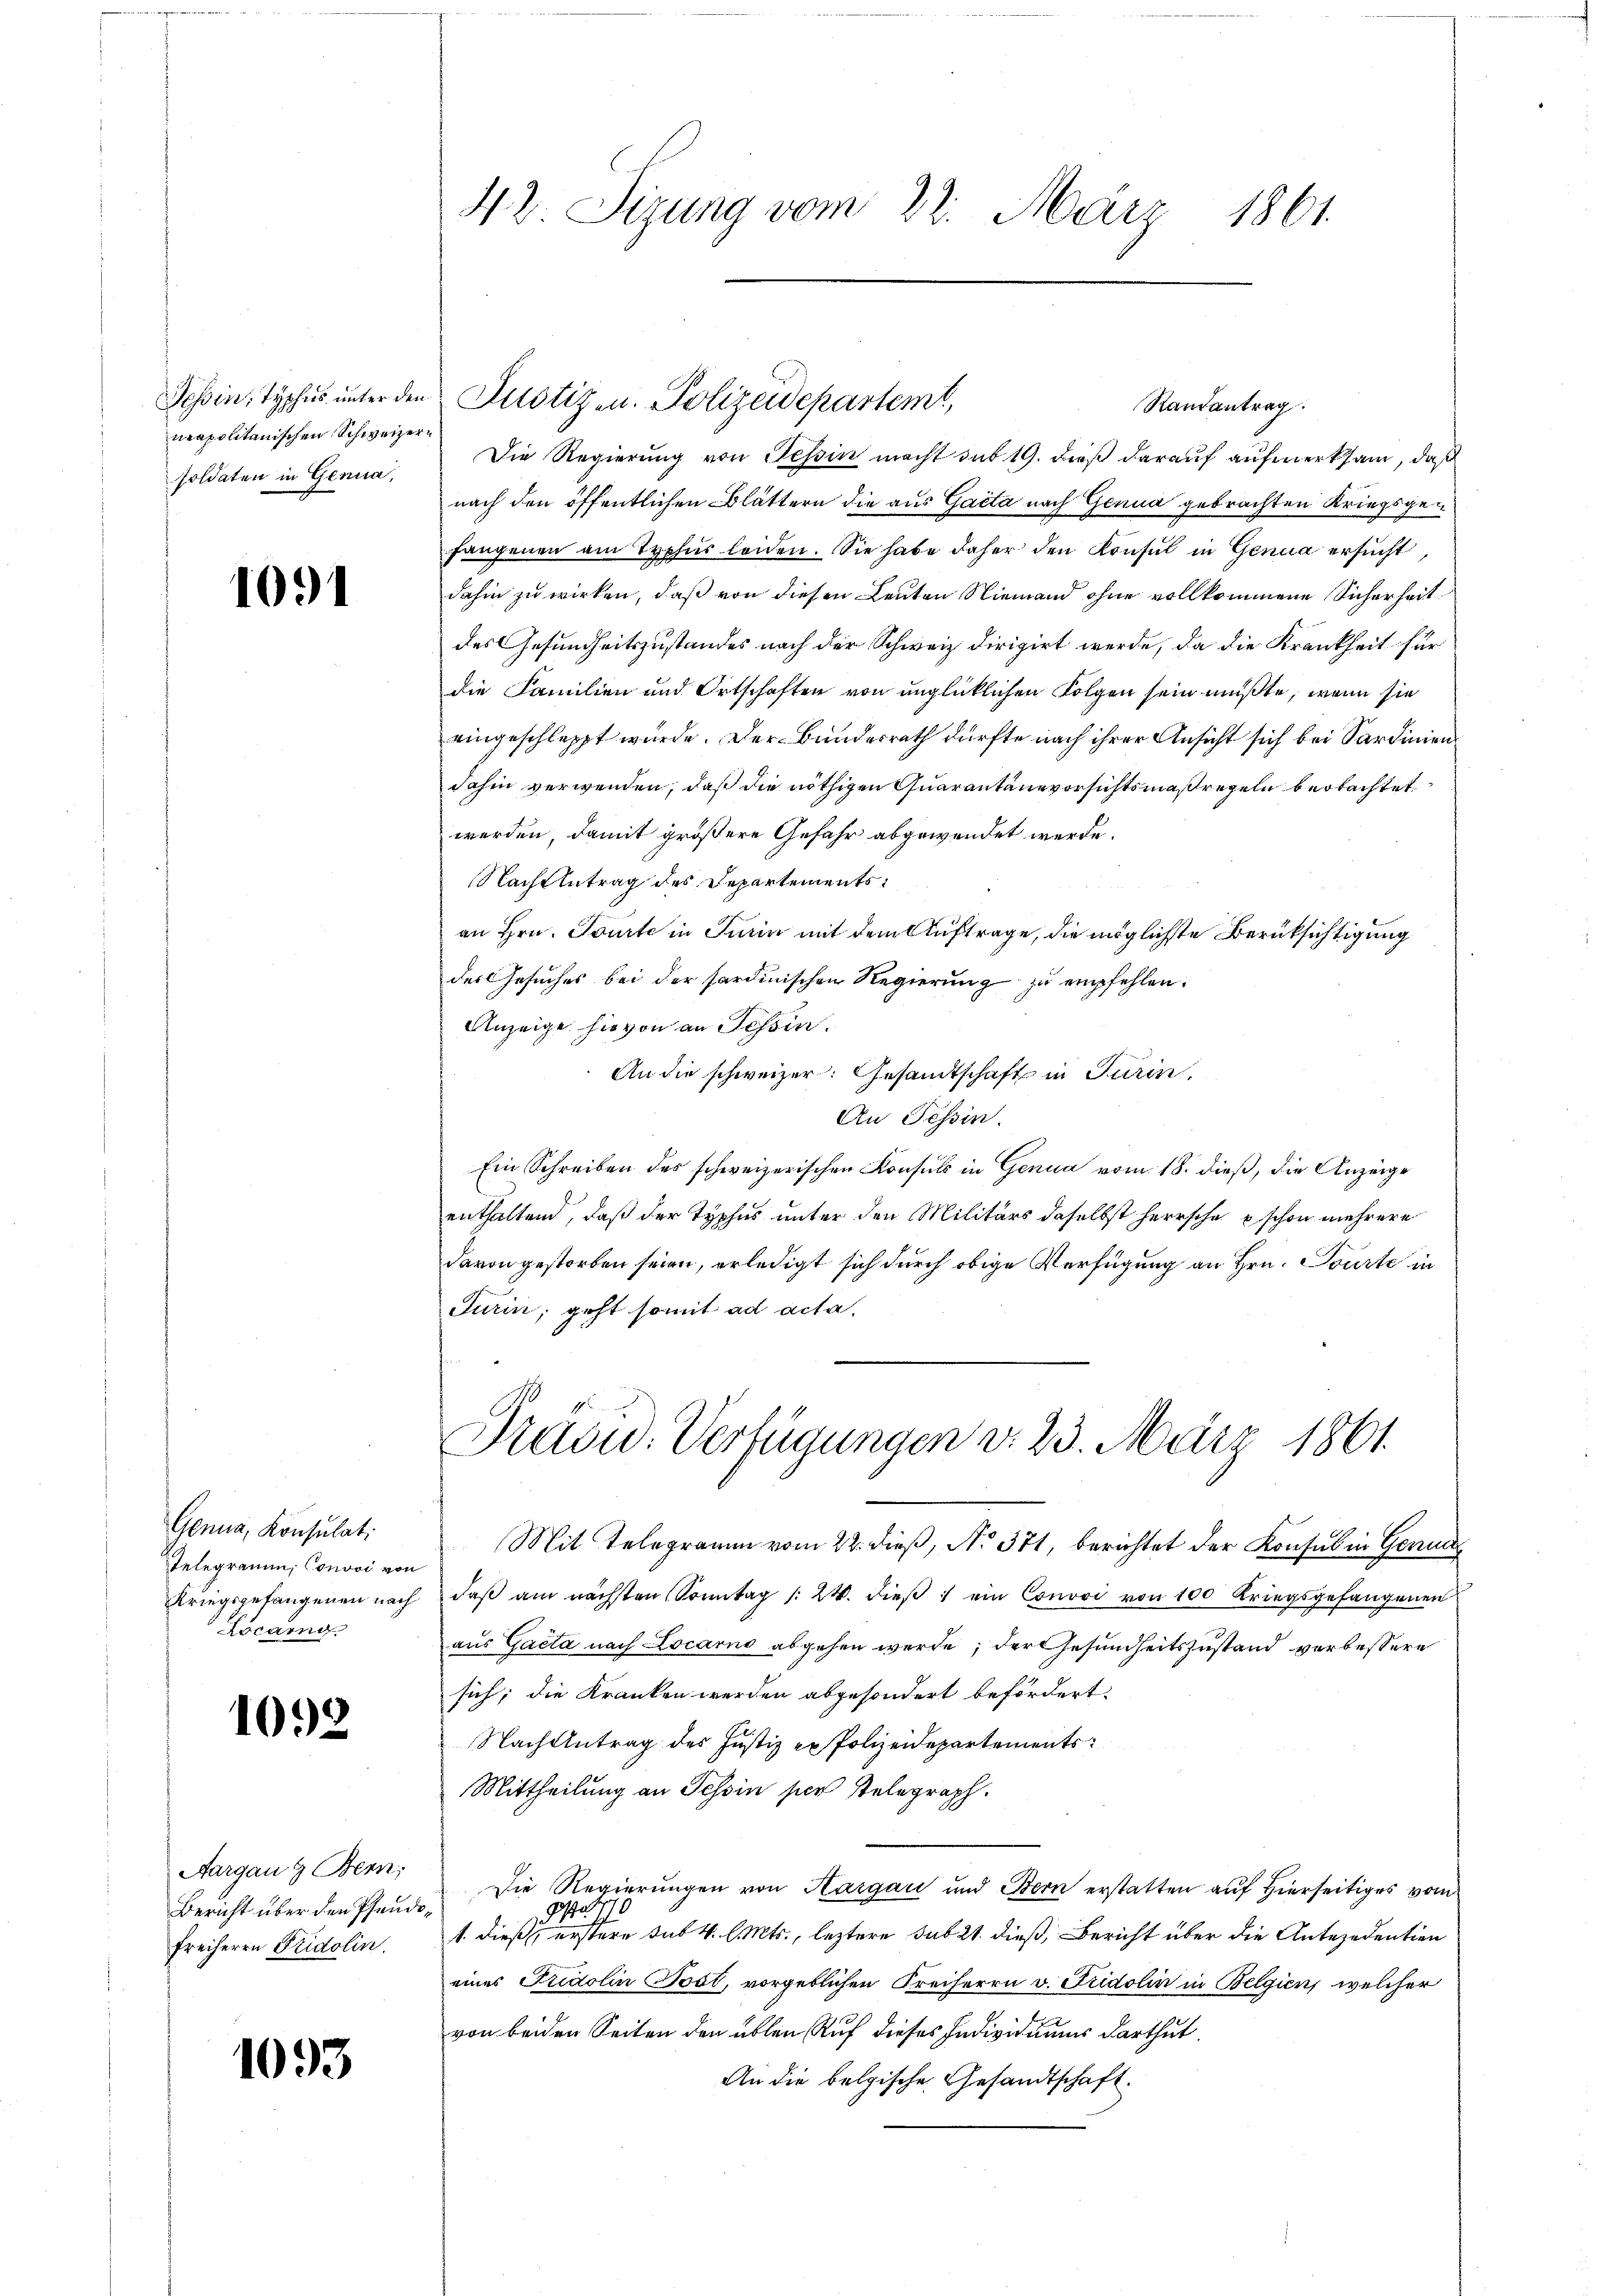
Tessin, Typhus unter der
neapolitanischen Schweizer
soldaten in Genua,

1091

Genua, Konsulati
Telegramm, Convoi von
Kriegsgefangenen nach
Locarno.

1092

Aargau & Bern;
Bericht über den Pfande
Freiherrn Fridolin.

1093

42. Sitzung vom 22. März 1861.

Die Regierung von Tessin macht sub 19. dieß darauf aufmerksam, daß
nach den öffentlichen Blättern die aus Gacta nach Genua gebrachten Kriegsgefangenen am Typhus leiden. Sie habe daher den Konsul in Genua ersucht
dahin zu wirken, daß von diesen Leuten Niemand ohne vollkommene Sicherheit
des Gesundheitszustandes nach der Schweiz dirigirt werde, da die Krankheit für
die Familien und Ortschaften von unglücklichen Folgen sein müßte, wenn sie
eingeschleppt wurde. Der Bundesrath dürfte nach ihrer Ansicht sich bei Sardinien,
dahin verwenden, daß die nöthigen Quarantänevorsichtsmaßregeln beobachtet.
werden, damit größere Gefahr abgewendet werde.
Nachzutrag des Departements
an Hrn. Tourte in Turin mit dem Auftrage, die möglichste Berüksichtigung
des Gesuches bei der sardinischen Regierung zu empfehlen.
Anzeige hievon an Schein.
An die schweizer. Gesandtschaft in Turin,
An Tessin.
Ein Schreiben des schweizerischen Konsuls in Genua vom 18. dieß, die Anzeige
enthaltend, daß der Typhus unter den Militärs daselbst herrsche schon mehrere
davon gestorben seien, erledigt sich durch obige Verfügung an Hrn. Tourte in
Turin, geht somit ad acta.
Präsid. Verfügungen v. 23. März 1861.
Mit Telegramm vom 22. dieß, No 371, berichtet der Konsul in Genua
daβ am nächsten Sonntag /: 24. dieβ ein Convoi von 100 Kriegsgefangenen
aus Gacta nach Locarno abgehen werde; der Gesundheitszustand verbessere
sich; die Kranken werden abgesondert befördert.
Nach Antrag des Justiz er Polizeidepartements
Mittheilung an Tessin sie stelegraph.
Die Regierungen von Hargau und Bern erstatten auf hierseitiges vom
9fr
1. dieß, erstere sub 4. l. Mts., leztere sub 21. dieß, Bericht über die Antezedention
eines Fridolin Post, vorgeblichen Freiherrn v. Fridolin in Belgien, welcher
von beiden Seiten den üblen Auf dieses Individuums darthut.
An die belgische Gesandtschaft.

Justiz- u. Polizeidepartemt,

Randantrag.